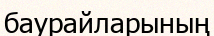
баурайларының